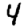
Digit: 4